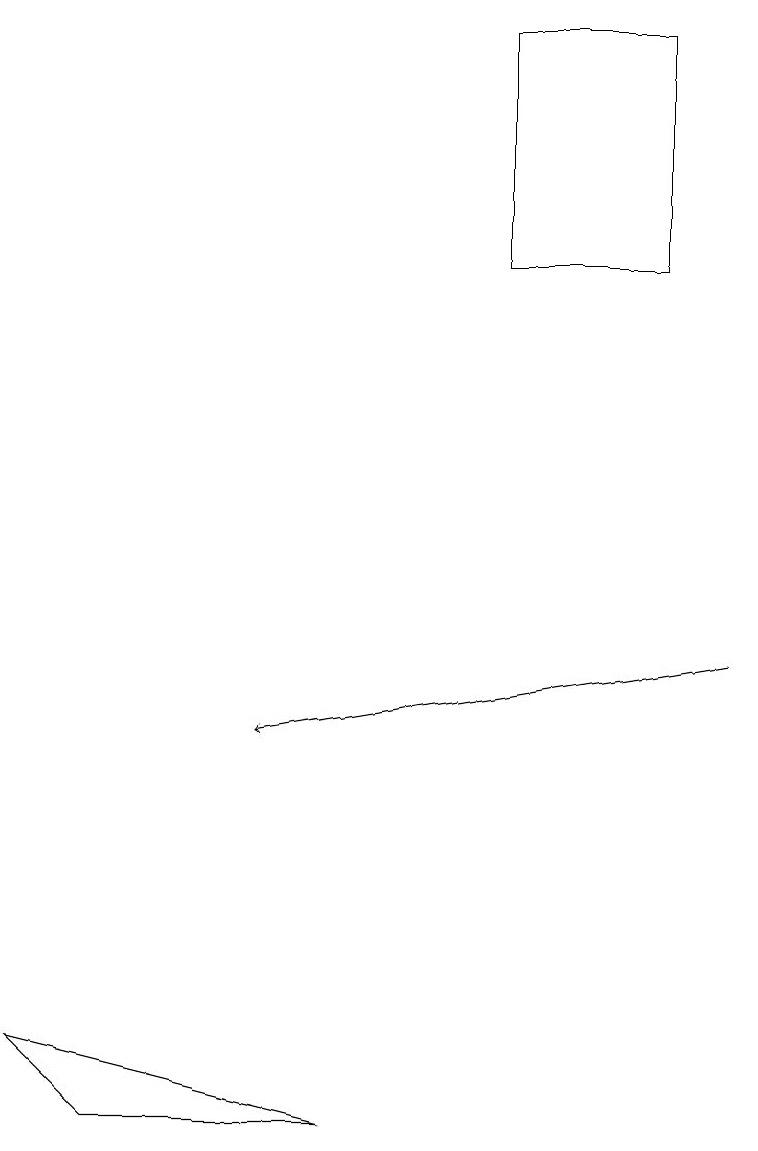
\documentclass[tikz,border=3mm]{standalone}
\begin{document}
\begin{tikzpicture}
\draw[->] (9,11) -- (3,10);
\draw (8,19) rectangle (6,16);
\draw (4,5) -- (1,5) -- (0,6) -- cycle;
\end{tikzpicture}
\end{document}